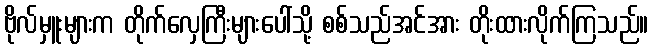
ဗိုလ်မှူးများက တိုက်လှေကြီးများပေါ်သို့ စစ်သည်အင်အား တိုးထားလိုက်ကြသည်။